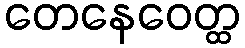
တေနေဝေတ္ထ